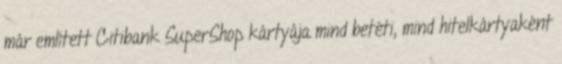
már említett Citibank SuperShop kártyája mind betéti, mind hitelkártyaként